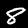
Label: 8